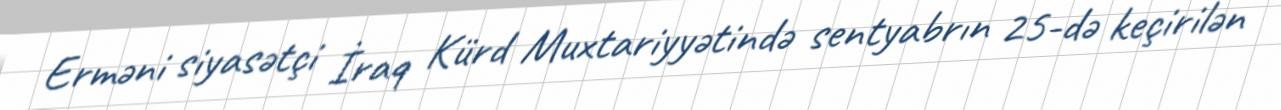
Erməni siyasətçi İraq Kürd Muxtariyyətində sentyabrın 25-də keçirilən